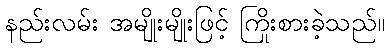
နည်းလမ်း အမျိုးမျိုးဖြင့် ကြိုးစားခဲ့သည်။